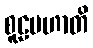
စူဠမဟာတိ